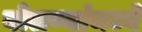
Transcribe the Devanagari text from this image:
बोलण्यांमध्ये